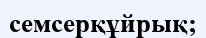
семсерқұйрық;